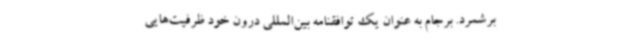
برشمرد. برجام به عنوان یک توافقنامه بین‌المللی درون خود ظرفیت‌هایی